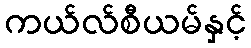
ကယ်လ်စီယမ်နှင့်